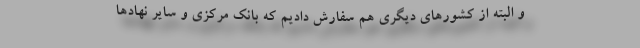
و البته از کشورهای دیگری هم سفارش دادیم که بانک مرکزی و سایر نهادها